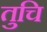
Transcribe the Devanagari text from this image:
तुचि